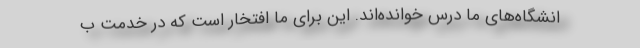
انشگاه‌های ما درس خوانده‌اند. این برای ما افتخار است که در خدمت ب